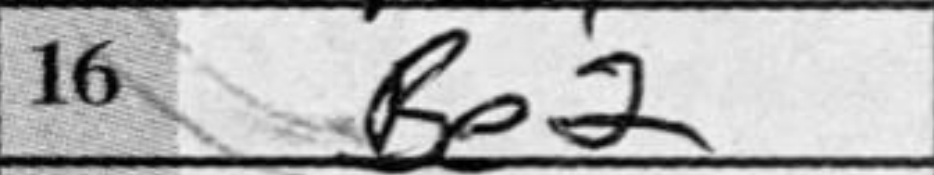
Transcription: Be2